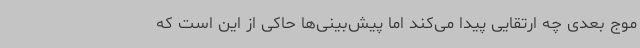
موج بعدی چه ارتقایی پیدا می‌کند اما پیش‌بینی‌ها حاکی از این است که